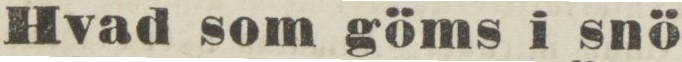
Hvad som göms i snö